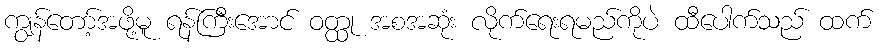
ကျွန်တော့်အဖို့မူ ရန်ကြီးအောင် ဝတ္ထု အစအဆုံး လိုက်ရေးရမည်ကိုပဲ ထီပေါက်သည် ထက်